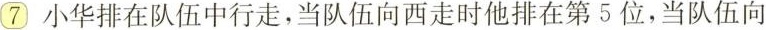
⑦小华排在队伍中行走，当队伍向西走时他排在第5位，当队伍向